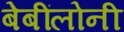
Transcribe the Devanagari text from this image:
बेबींलोनी